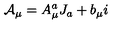
{ \cal A } _ { \mu } = A _ { \mu } ^ { a } J _ { a } + b _ { \mu } i